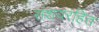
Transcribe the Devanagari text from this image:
संशयरहित